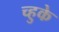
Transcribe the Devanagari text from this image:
च्हुके